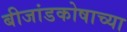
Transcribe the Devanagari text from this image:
बीजांडकोषाच्या